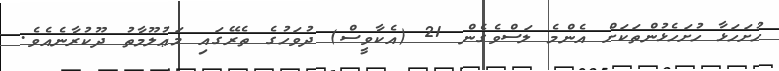
ހުށަހަޅާ ހުށަހެޅުންތަކަށް އެންމެ ލަސްވެގެން 21 (އެކާވީސް) ދުވަހުގެ ތެރޭގައި މަޢުލޫމާތު ދޫކުރާނެއެވެ.